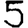
Digit: 5